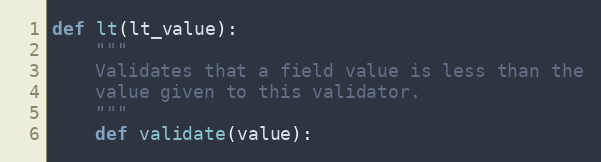
Language: Python
def lt(lt_value):
    """
    Validates that a field value is less than the
    value given to this validator.
    """
    def validate(value):